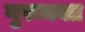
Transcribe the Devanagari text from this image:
गुरूभक्त